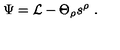
\Psi = { \cal L } - \Theta _ { \rho } s ^ { \rho } \ .